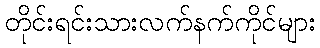
တိုင်းရင်းသားလက်နက်ကိုင်များ